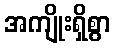
အကျိုးရှိစွာ